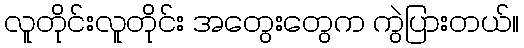
လူတိုင်းလူတိုင်း အတွေးတွေက ကွဲပြားတယ်။